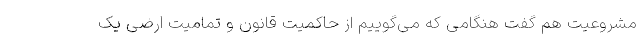
مشروعیت هم گفت هنگامی که می‌گوییم از حاکمیت قانون و تمامیت ارضی یک